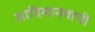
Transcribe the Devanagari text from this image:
आदिमानवाची